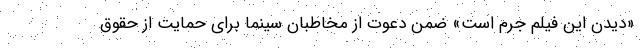
«دیدن این فیلم جرم است» ضمن دعوت از مخاطبان سینما برای حمایت از حقوق